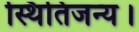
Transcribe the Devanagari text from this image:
स्थितिजन्य।